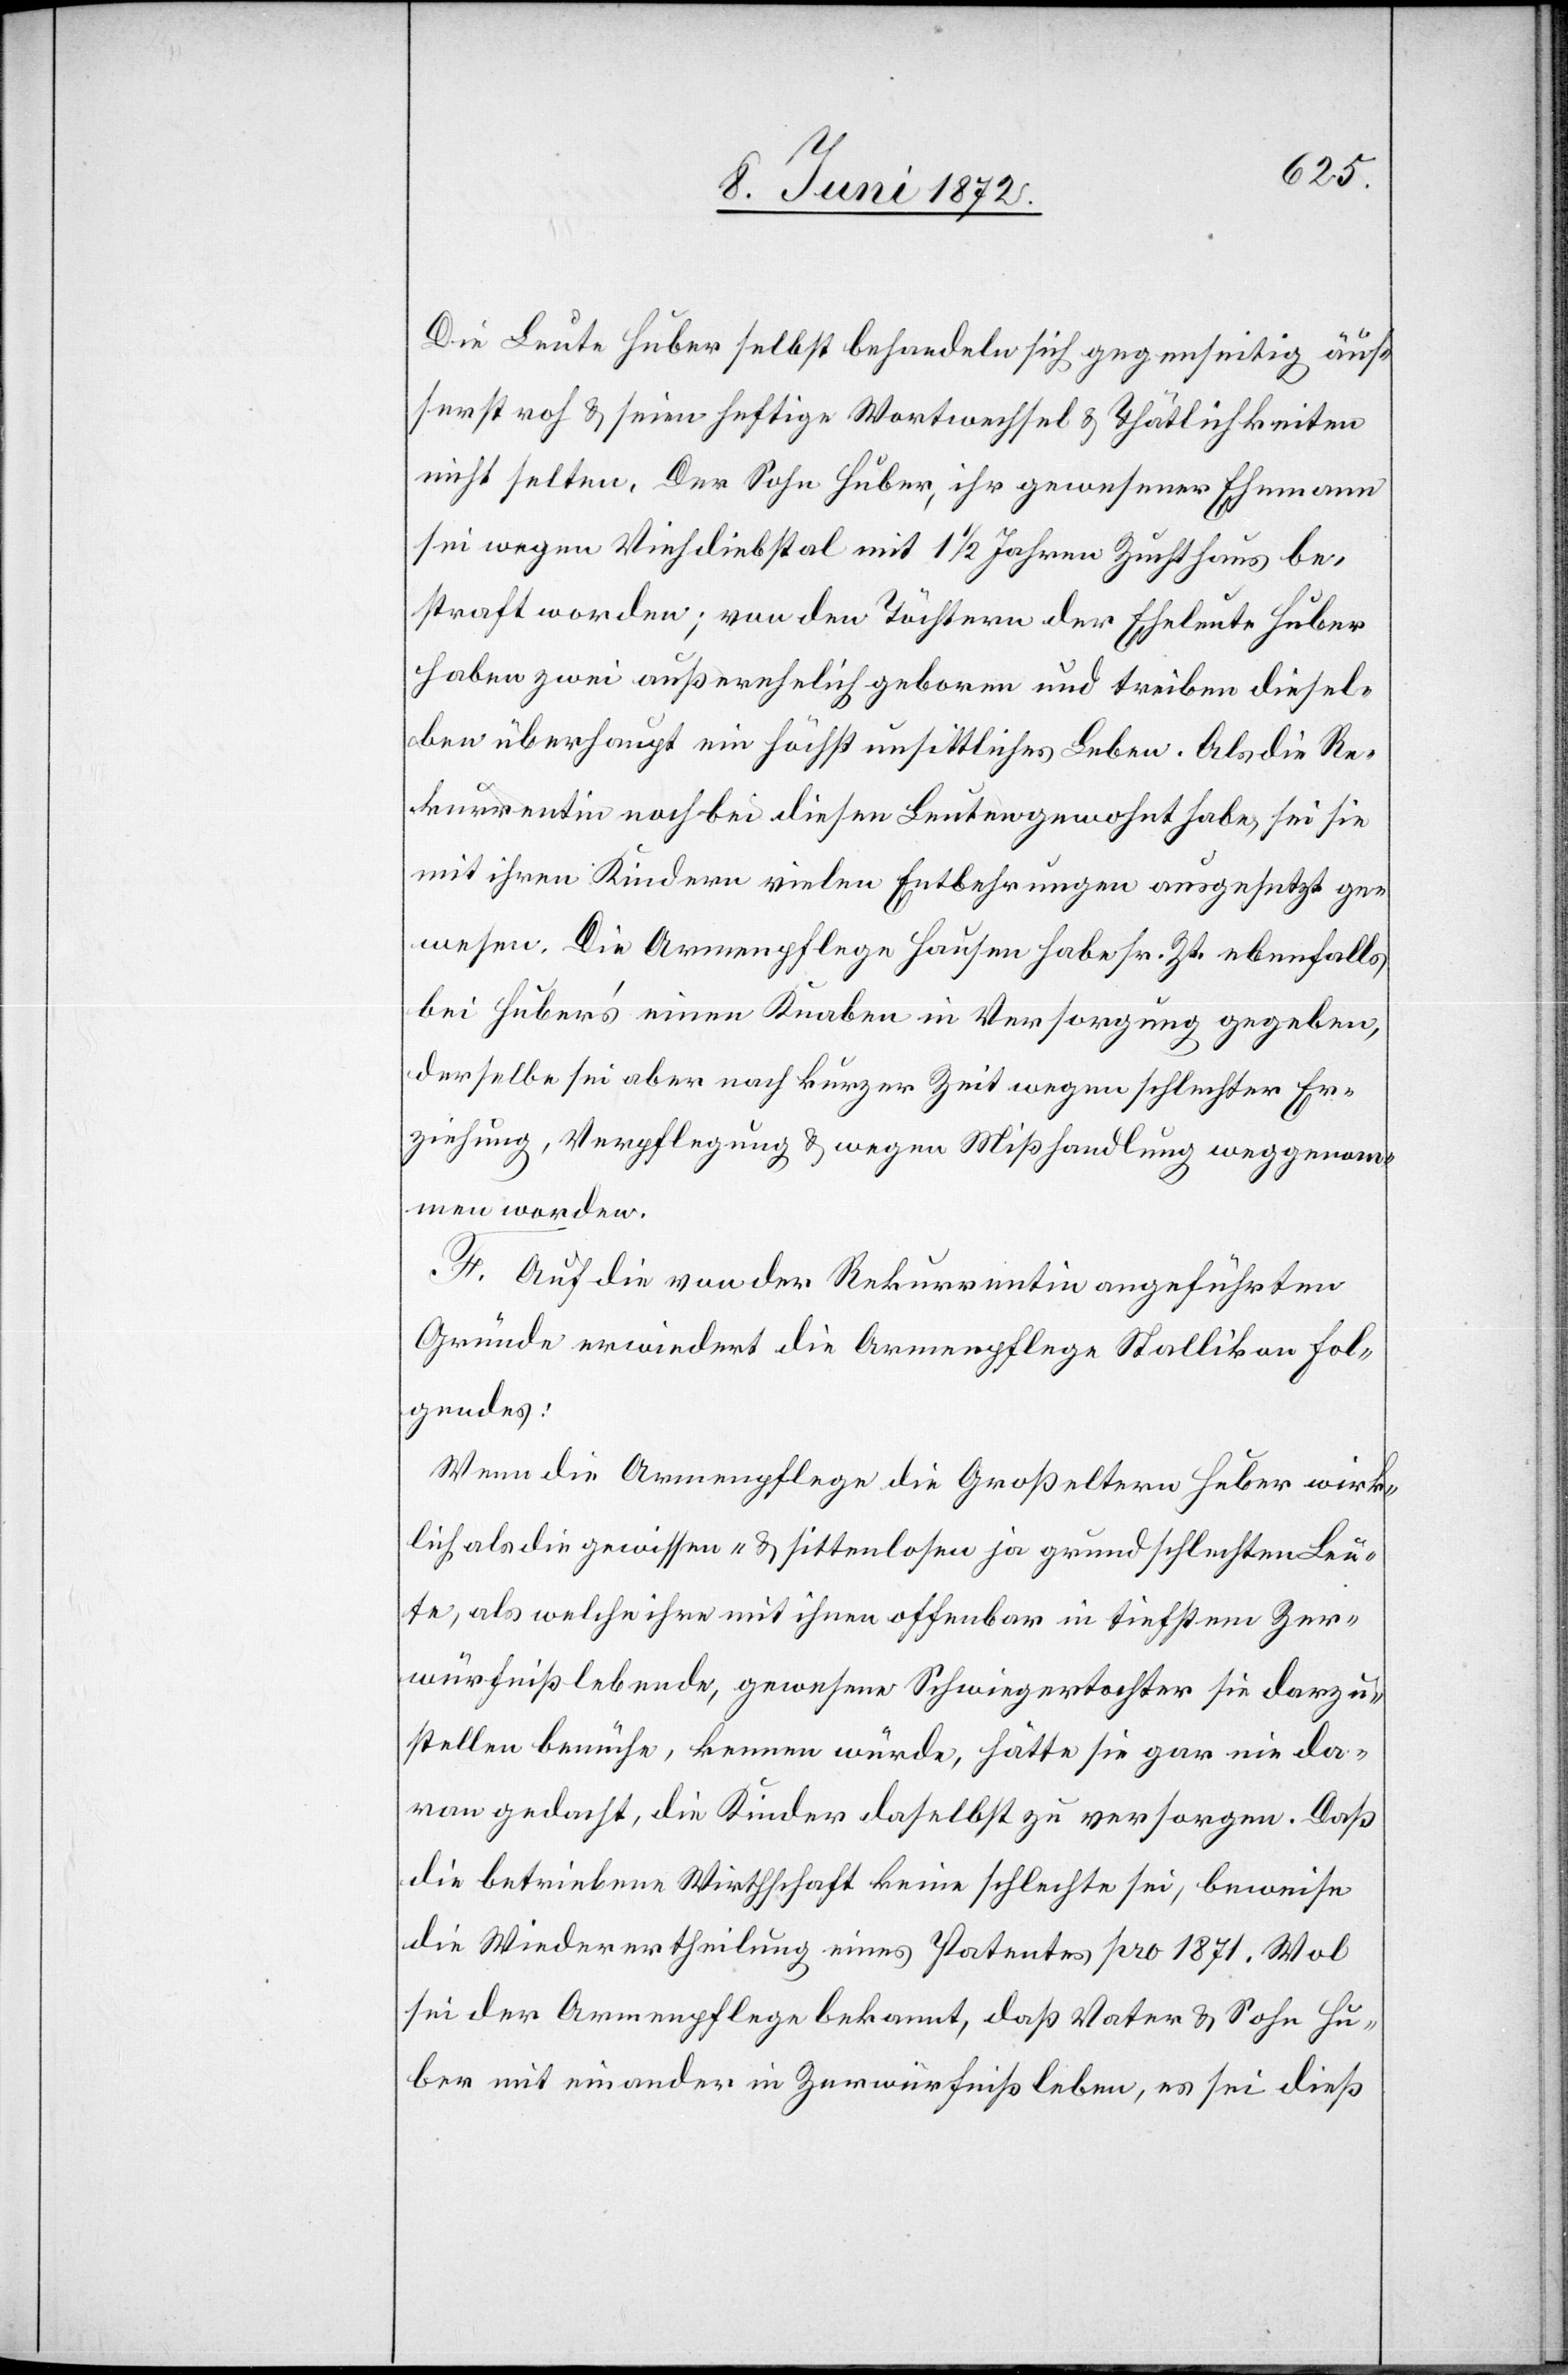
Die Leute Huber selbst behandeln sich gegenseitig äuß¬
erst roh u. seien heftige Wortwechsel u. Thätlichkeiten
nicht selten. Der Sohn Huber, ihr gewesener Ehemann[,]
sei wegen Viehdiebstahl mit 1 1/2 Jahren Zuchthaus be¬
straft worden; von den Töchtern der Eheleute Huber
haben zwei außerehelich geboren und treiben diesel¬
ben überhaupt ein höchst unsittliches Leben. Als die Re¬
kurrentin noch bei diesen Leuten gewohnt habe, sei sie
mit ihren Kindern vielen Entbehrungen ausgesetzt ge¬
wesen. Die Armenpflege Hausen habe sr. Zt. ebenfalls
bei Huber’s einen Knaben in Versorgung gegeben,
derselbe sei aber nach kurzer Zeit wegen schlechter Er¬
ziehung, Verpflegung u. wegen Mißhandlung weggenom¬
men worden.
F. Auf die von der Rekurrentin angeführten
Gründe erwiedert die Armenpflege Stallikon fol¬
gendes:
Wenn die Armenpflege die Großeltern Huber wirk¬
lich als die gewissen- u. sittenlosen[,] ja grundschlechten Leu¬
te, als welche ihre mit ihnen offenbar in tiefstem Zer¬
würfniß lebende, gewesene Schwiegertochter sie darzu¬
stellen bemühe, kennen würde, hätte sie gar nie da¬
ran gedacht, die Kinder daselbst zu versorgen. Daß
die betriebene Wirthschaft keine schlechte sei, beweise
die Wiederertheilung eines Patentes pro 1871. Wol
sei der Armenpflege bekannt, daß Vater u. Sohn Hu¬
ber mit einander in Zerwürfniß leben, es sei dieß